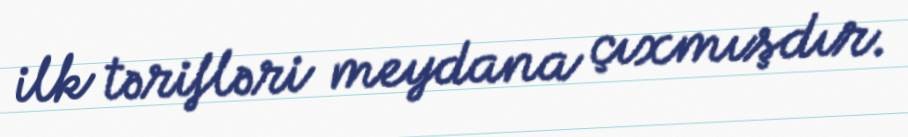
ilk tərifləri meydana çıxmışdır.